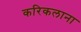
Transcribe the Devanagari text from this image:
करिकलाना